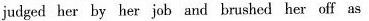
judged her by her job and brushed her off as